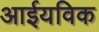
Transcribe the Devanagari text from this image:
आईयविक